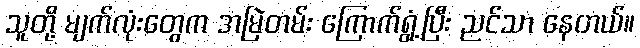
သူတို့ မျက်လုံးတွေက အမြဲတမ်း ကြောက်ရွံ့ပြီး ညင်သာ နေတယ်။